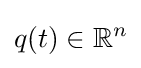
q(t)\in \mathbb {R} ^{n}